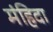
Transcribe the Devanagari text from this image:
मंहिदा